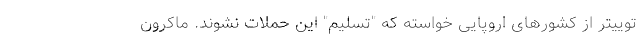
توییتر از کشورهای اروپایی خواسته که "تسلیم" این حملات نشوند. ماکرون